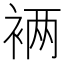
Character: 𮖁